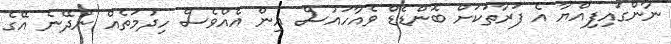
ނާންގައިފިއްޔާ އެ ފަރާތަކަށް ބޮންޑެޑް ވެއާހައުސް އިން އެއްވެސް ހިދުމަތެއް ނުދޭނެ އޭގެ